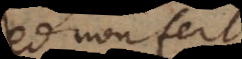
non fert